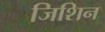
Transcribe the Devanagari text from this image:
जिशिन